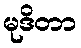
မုဒိတာ